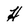
Character: H